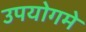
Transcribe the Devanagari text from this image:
उपयोगमे